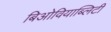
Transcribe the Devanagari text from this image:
बिओवियाब्लिटी